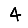
Digit: 4